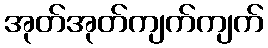
အုတ်အုတ်ကျက်ကျက်